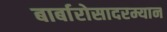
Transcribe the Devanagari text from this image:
बार्बारोसादरम्यान